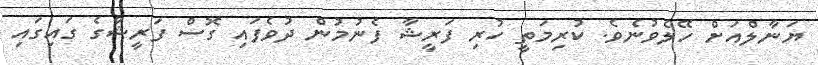
ޔަނާލްއަށް ހޭލެވުނެވެ. ކުރިމަތީ ހުރި ފަރީޝާ ފެނުމުން ދުވެފައި ގޮސް ފަރީޝާގެ ގައިގައި